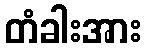
တံခါးအား